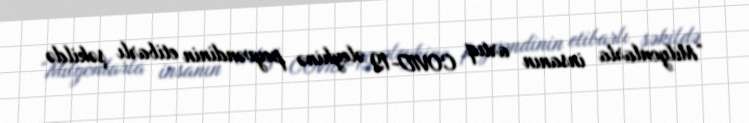
“Milyonlarla insanın artıq COVID-19 əleyhinə peyvəndinin etibarlı şəkildə